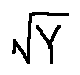
\sqrt { Y }